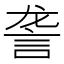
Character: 詟